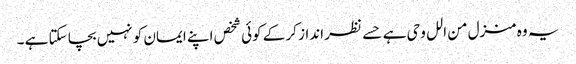
یہ وہ منزل من الل وحی ہے حسے نظر انداز کر کے کوئی شخص اپنے ایمان کو نہیں بچا سکتا ہے ۔